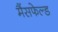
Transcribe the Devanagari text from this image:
मैंसफेल्ड